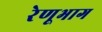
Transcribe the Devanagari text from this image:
रेणूभाग